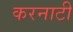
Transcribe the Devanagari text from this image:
करनाटी